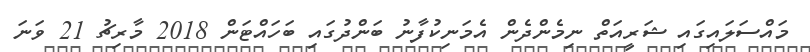
މައްސަލައިގައި ޝަރީއަތް ނިމެންދެން އެމަނިކުފާނު ބަންދުގައި ބަހައްޓަން 2018 މާރިޗު 21 ވަނަ